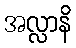
အလ္လာနိ